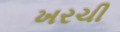
ખરચી